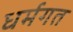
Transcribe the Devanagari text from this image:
धर्मगत